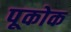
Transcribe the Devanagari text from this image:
पूकोक